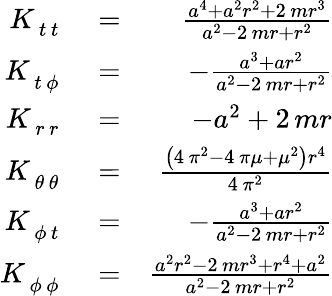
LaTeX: \begin{array}{rlr}{K_{\, t\, t}^{\phantom{\, t}\phantom{\, t}}}&{{}=}&{\frac{a^{4}+a^{2}r^{2}+2\, mr^{3}}{a^{2}-2\, mr+r^{2}}}\\ {K_{\, t\, {\phi}}^{\phantom{\, t}\phantom{\, {\phi}}}}&{{}=}&{-\frac{a^{3}+ar^{2}}{a^{2}-2\, mr+r^{2}}}\\ {K_{\, r\, r}^{\phantom{\, r}\phantom{\, r}}}&{{}=}&{-a^{2}+2\, mr}\\ {K_{\, {\theta}\, {\theta}}^{\phantom{\, {\theta}}\phantom{\, {\theta}}}}&{{}=}&{\frac{{\left(4\, \pi^{2}-4\, \pi\mu+\mu^{2}\right)}r^{4}}{4\, \pi^{2}}}\\ {K_{\, {\phi}\, t}^{\phantom{\, {\phi}}\phantom{\, t}}}&{{}=}&{-\frac{a^{3}+ar^{2}}{a^{2}-2\, mr+r^{2}}}\\ {K_{\, {\phi}\, {\phi}}^{\phantom{\, {\phi}}\phantom{\, {\phi}}}}&{{}=}&{\frac{a^{2}r^{2}-2\, mr^{3}+r^{4}+a^{2}}{a^{2}-2\, mr+r^{2}}}\end{array}